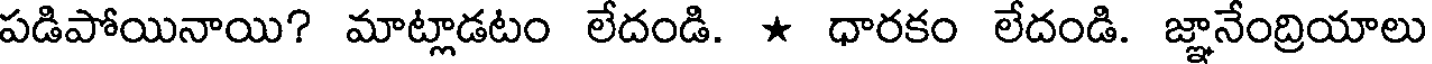
పడిపోయినాయి? మాట్లాడటం లేదండి. * ధారకం లేదండి. జ్ఞానేంద్రియాలు